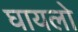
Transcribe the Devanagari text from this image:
घायलो